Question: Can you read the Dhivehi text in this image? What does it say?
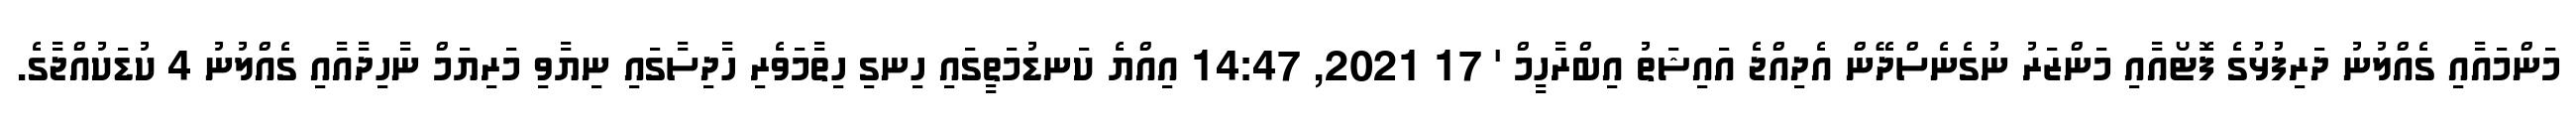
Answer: މަންމައާއި ގެއްލުނު ދަރިފުޅުގެ ފޮޓޯއާއި މަންޒަރު ނުގެނެސްދޭން އެދިއްޖެ އައިޝަތު އިބްރާހީމް ' 17 2021, 14:47 އިއްޔެ ކަނޑުމަތީގައި ހިނގި ހިތާމަވެރި ހާދިސާގައި ނިޔާވި މަރިޔަމް ނާހިދާއާއި ގެއްލުނު 4 ކުޑަކުއްޖާގެ.